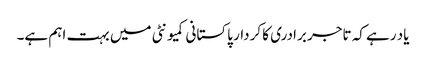
یاد رہے کہ تاجر برادری کا کردار پاکستانی کمیونٹی میں بہت اہم ہے۔